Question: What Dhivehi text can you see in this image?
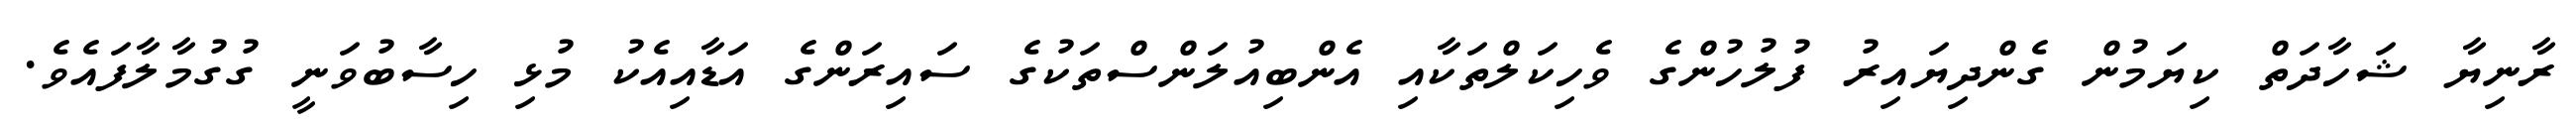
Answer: ރާނިޔާ ޝަހާދަތް ކިޔަމުން ގެންދިޔައިރު ފުލުހުންގެ ވެހިކަލްތަކާއި އެންބިއުލަންސްތަކުގެ ސައިރަންގެ އަޑާއިއެކު މުޅި ހިސާބުވަނީ ގުގުމާލާފައެވެ.